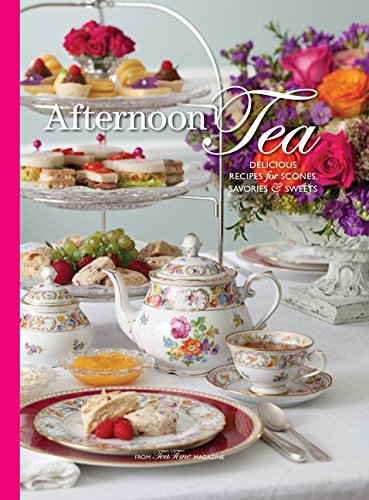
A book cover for Afternoon Tea: Delicous Recipes for Scones, Savories & Sweets; Cookbooks, Food & Wine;